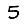
Digit: 5